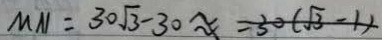
M N = 3 0 \sqrt { 3 } - 3 0 \approx = 3 0 ( \sqrt { 3 } - 1 )